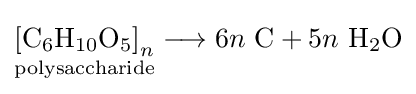
{\underset {\text{polysaccharide}}{{[\mathrm {C} {\vphantom {A}}_{\smash[{t}]{6}}\mathrm {H} {\vphantom {A}}_{\smash[{t}]{10}}\mathrm {O} {\vphantom {A}}_{\smash[{t}]{5}}]}_{n}}}\longrightarrow 6n\ {\mathrm {C} }+5n\ {\mathrm {H} {\vphantom {A}}_{\smash[{t}]{2}}\mathrm {O} }